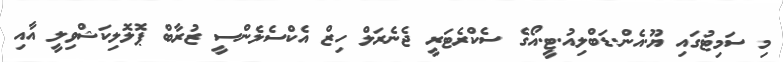
މި ސަމިޓުގައި ޔޫ.އެން.ޑަބްލިއު.ޓީ.އޯގެ ސެކްރެޓަރީ ޖެނެރަލް ހިޒް އެކްސެލެންސީ ޒުރާބް ޕޮލޮލިކަޝްވިލީ އާއި